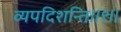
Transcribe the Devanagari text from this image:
व्यपदिशन्ति॥९॥